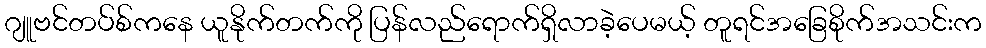
ဂျူဗင်တပ်စ်ကနေ ယူနိုက်တက်ကို ပြန်လည်ရောက်ရှိလာခဲ့ပေမယ့် တူရင်အခြေစိုက်အသင်းက